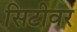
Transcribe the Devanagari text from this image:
सिटीवर